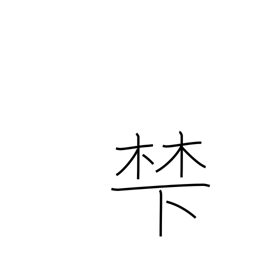
Meaning: base of a mountain